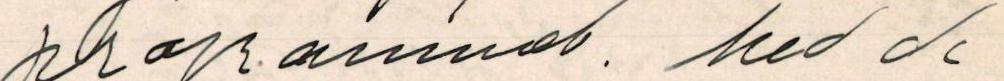
programmeb. Med de